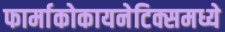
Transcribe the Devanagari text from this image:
फार्माकोकायनेटिक्समध्ये